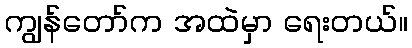
ကျွန်တော်က အထဲမှာ ရေးတယ်။